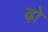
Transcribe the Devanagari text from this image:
ढ़ो